Indian journal of veterinary science and animal husbandry - Volume 10,
Year: 1940
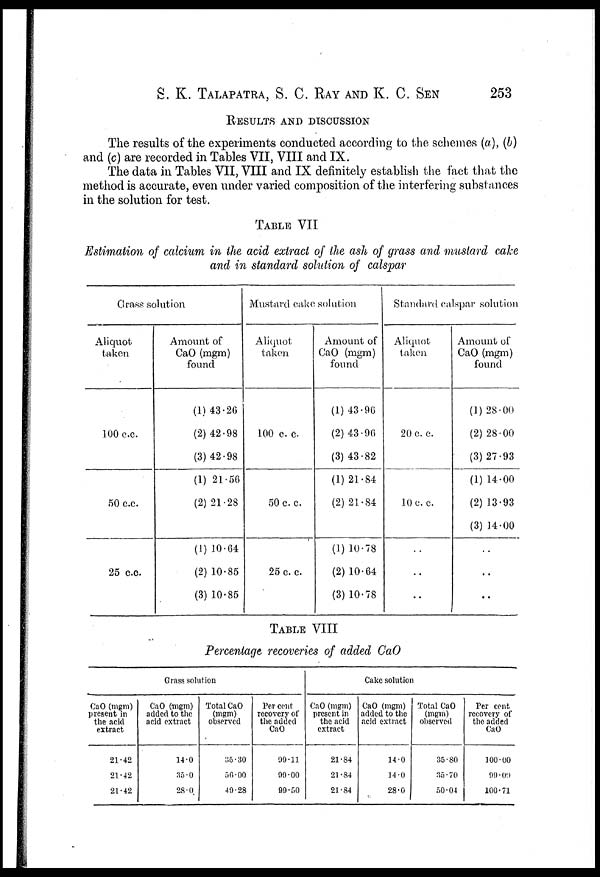
S. K. TALAPATRA, S. C. RAY AND K. C. SEN 253
RESULTS AND DISCUSSION
The results of the experiments conducted according to the schemes (a), (b)
and (c) are recorded in Tables VII, VIII and IX.
The data in Tables VII, VIII and IX definitely establish the fact that the
method is accurate, even under varied composition of the interfering substances
in the solution for test.
TABLE VII
Estimation of calcium in the acid extract of the ash of grass and mustard cake
and in standard solution of calspar
Grass solution
Aliquot
taken
100 c.c.
50 c.c.
25 c.c.
Amount of
CaO (mgm)
found
(1)43.26
(2)42.98
(3)42.98
(1)21.56
(2)21.28
(1) 10.64
(2) 10.85
(3) 10.85
Mustard cake solution
Aliquot
taken
100 c. c.
50 c c.
25 c. c
Amount of
CaO (mgm)
found
(1) 43.96
(2) 43.96
(3) 43.82
(1)21.84
(2)21.84
(1)10.78
(2)10.64
(3)10.78
Standard calspar solution
Aliquot
taken
20 c. c.
10 c. c.
. .
. .
. .
Amount of
CaO (mgm)
found
(1)28.00
(2)28.00
(3)27.93
(1)14.00
(2)13.93
(3)14.00
. .
. .
. .
TABLE VIII
Percentage recoveries of added CaO
Grass solution
CaO (mgm)
present in
the acid
extract
21.42
21.42
21.42
CaO (mgm)
added to the
acid extract
14.0
35.0
28.0
Total CaO
(mgm)
observed
35.30
56.00
40.28
Per cent
recovery of
the added
CaO
99.11
99.00
99.50
Cake solution
CaO (mgm)
present in
the acid
extract
21.84
21.84
21.84
CaO (mgm)
added to the
acid extract
14.0
14.0
28.0
Total CaO
(mgm)
observed
35.8O
35.70
50.04
Per cent
recovery of
the added
CaO
100.00
99.09
100.71